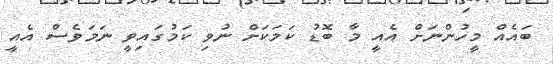
ބައެއް މީހުންނަށް އެއީ މާ ބޮޑު ކަމަކަށް ނުވި ކަމުގައިވީ ނަމަވެސް އެއީ